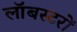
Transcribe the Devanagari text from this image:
लॉबस्टरों